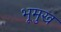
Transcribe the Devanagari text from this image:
भूमुख